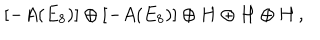
LaTeX: [ - A ( E _ { 8 } ) ] \oplus [ - A ( E _ { 8 } ) ] \oplus H \oplus H \oplus H \, ,